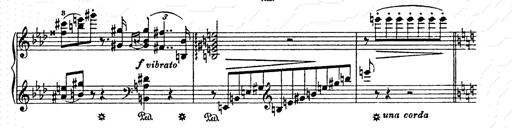
Title: AnnÃ©es de pÃ¨lerinage II
Composer: Franz Liszt